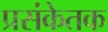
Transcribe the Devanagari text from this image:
प्रसंकेतक